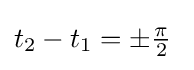
t_{2}-t_{1}=\pm {\tfrac {\pi }{2}}\